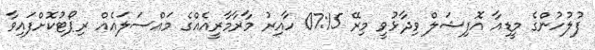
ފުލުހުންގެ މީޑިއާ އޮފިޝަލް ވިދާޅުވީ މިރޭ 07:15 ހާއިރު މާރާމާރީއެއްގެ މައްސަލައެއް ރިޕޯޓުކޮށްފައިވާ